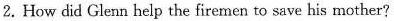
2. How did Glenn help the firemen to save his mother?